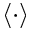
\langle \cdot \rangle